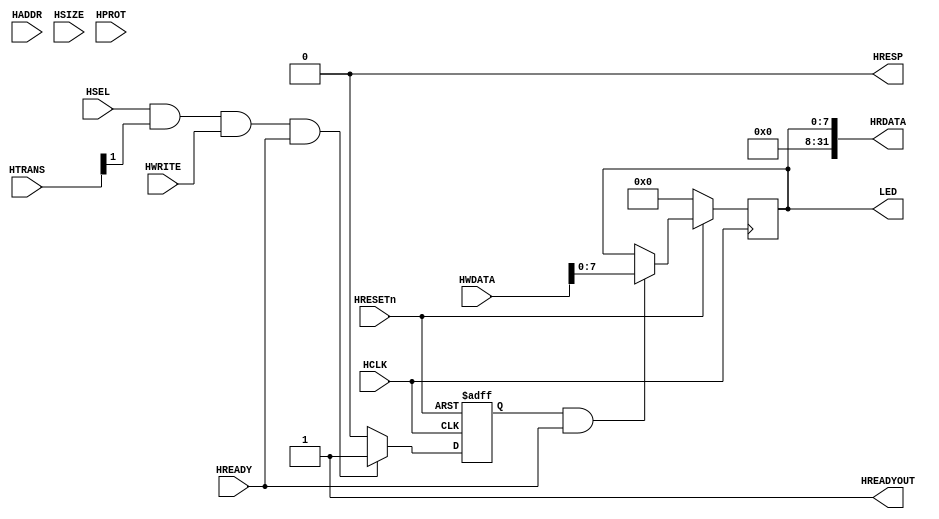
module AHBlite_LED(
    input  wire          HCLK,    
    input  wire          HRESETn, 
    input  wire          HSEL,    
    input  wire   [31:0] HADDR,   
    input  wire    [1:0] HTRANS,  
    input  wire    [2:0] HSIZE,   
    input  wire    [3:0] HPROT,   
    input  wire          HWRITE,  
    input  wire   [31:0] HWDATA,  
    input  wire          HREADY,  
    output wire          HREADYOUT, 
    output wire   [31:0] HRDATA,  
    output wire          HRESP,
	 output reg    [7:0]  LED
);

assign HRESP = 1'b0;
assign HREADYOUT = 1'b1;

wire write_en;
assign write_en = HSEL & HTRANS[1] & HWRITE & HREADY;

reg wr_en_reg;
always@(posedge HCLK or negedge HRESETn) begin
  if(~HRESETn) wr_en_reg <= 1'b0;
  else if(write_en) wr_en_reg <= 1'b1;
  else wr_en_reg <= 1'b0;
end

always@(posedge HCLK) begin
    if(~HRESETn) begin
		LED <= 8'd0;
    end else if(wr_en_reg && HREADY) begin
        LED <= HWDATA[7:0];
    end
end

assign HRDATA = {24'b0,LED};

endmodule